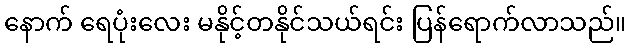
နောက် ရေပုံးလေး မနိုင့်တနိုင်သယ်ရင်း ပြန်ရောက်လာသည်။